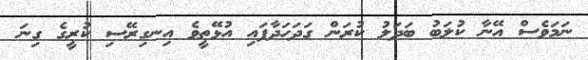
ނަމަވެސް އޭނާ ކުލަބު ބަދަލު ކުރަން ގަދަހަދާފައި އުޅޭތީވެ އިނގިރޭސި ކުރީގެ ގިނަ